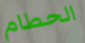
الحطام